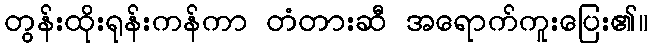
တွန်းထိုးရုန်းကန်ကာ တံတားဆီ အရောက်ကူးပြေး၏။